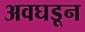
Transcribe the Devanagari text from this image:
अवघडून